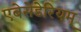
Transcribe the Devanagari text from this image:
एबेसेडेरियम्